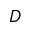
D